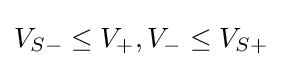
V_{S-}\leq V_{+},V_{-}\leq V_{S+}